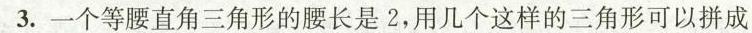
3.一个等腰直角三角形的腰长是2，用几个这样的三角形可以拼成